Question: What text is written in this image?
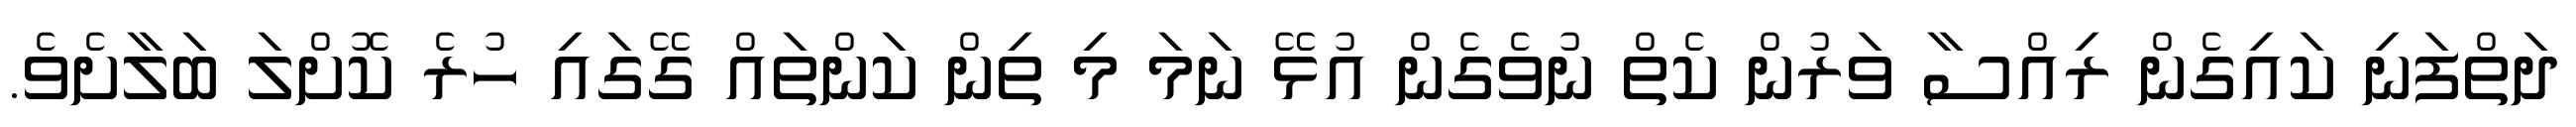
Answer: ދަތްފަނި ކައިގެން ރިއްސާ ވަރުން ކެތް ނުވެގެން އުޅޭ ނަމަ މި ތިން ކަންތައް ގޭގައި ހުރެ ކޮށްލަ ބަލާށެވެ.